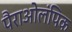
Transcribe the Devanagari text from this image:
पैराओलंपिक